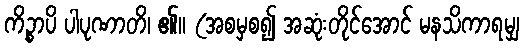
ကိဉ္စာပိ ပါပုဏာတိ၊ ၏။ (အစမှစ၍ အဆုံးတိုင်အောင် မနသိကာရမျှ